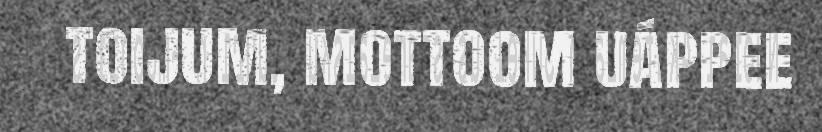
toijum, mottoom uáppee